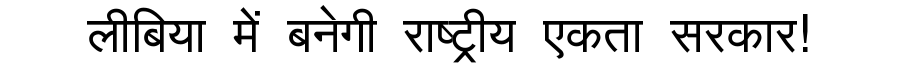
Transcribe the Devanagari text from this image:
लीबिया में बनेगी राष्ट्रीय एकता सरकार!